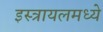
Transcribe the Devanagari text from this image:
इस्त्रायलमध्ये